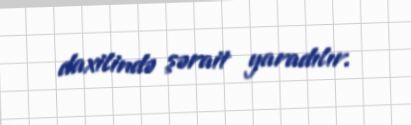
daxilində şərait yaradılır.